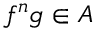
f ^ { n } g \in A